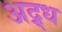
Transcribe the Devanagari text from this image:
अद्र्ध